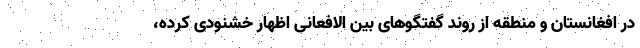
در افغانستان و منطقه از روند گفتگوهای بین الافعانی اظهار خشنودی کرده،